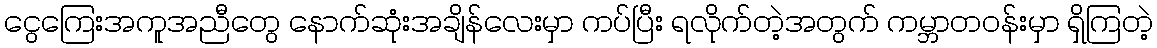
ငွေကြေးအကူအညီတွေ နောက်ဆုံးအချိန်လေးမှာ ကပ်ပြီး ရလိုက်တဲ့အတွက် ကမ္ဘာတဝန်းမှာ ရှိကြတဲ့